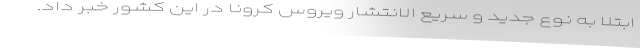
ابتلا به نوع جدید و سریع الانتشار ویروس کرونا در این کشور خبر داد.